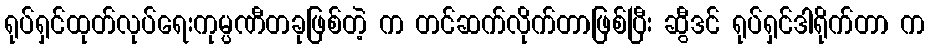
ရုပ်ရှင်ထုတ်လုပ်ရေးကုမ္ပဏီတခုဖြစ်တဲ့ က တင်ဆက်လိုက်တာဖြစ်ပြီး ဆွီဒင် ရုပ်ရှင်ဒါရိုက်တာ က